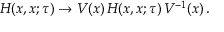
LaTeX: H ( x , x ; \tau ) \to V ( x ) \, H ( x , x ; \tau ) \, V ^ { - 1 } ( x ) \, .